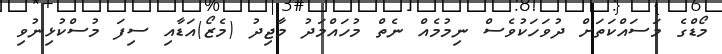
މޯޑްގެ މަސައްކަތަށް ދުވަހަކުވެސް ނިމުމެއް ނެތް މުހައްމަދު މާޖިދު (މެޒޯ)އަޑާއި ސިފަ މުސްކުޅިނުވި